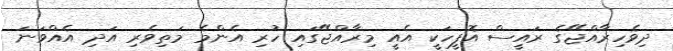
ދިވެހިރާއްޖޭގެ ރައީސް އޮފީހަކީ އެއީ މިރާއްޖޭގައި ހުރި އެންމެ މަތިވެރި އަދި އެއްވަނަ